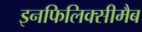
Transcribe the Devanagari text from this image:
इनफिलिक्सीमैब